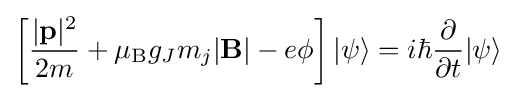
\left[{\frac {|\mathbf {p} |^{2}}{2m}}+\mu _{\rm {B}}g_{J}m_{j}|\mathbf {B} |-e\phi \right]|\psi \rangle =i\hbar {\frac {\partial }{\partial t}}|\psi \rangle